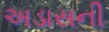
અડાસની